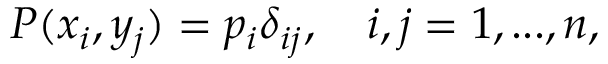
\begin{array} { r } { P ( x _ { i } , y _ { j } ) = p _ { i } \delta _ { i j } , \quad i , j = 1 , . . . , n , } \end{array}